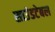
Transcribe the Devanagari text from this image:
साउंडटेबल